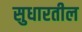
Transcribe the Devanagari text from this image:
सुधारतील